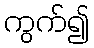
ကွက်၍